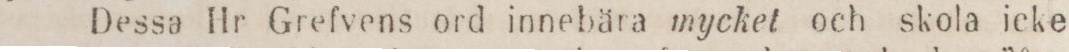
Dessa Hr Grefvens ord innebära mycket och skola icke